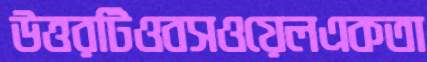
উত্তরটিওবসওয়েলএকতা